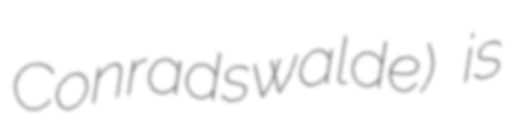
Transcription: Conradswalde) is